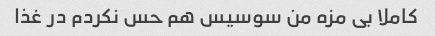
کاملا بی مزه من سوسیس هم حس نکردم در غذا